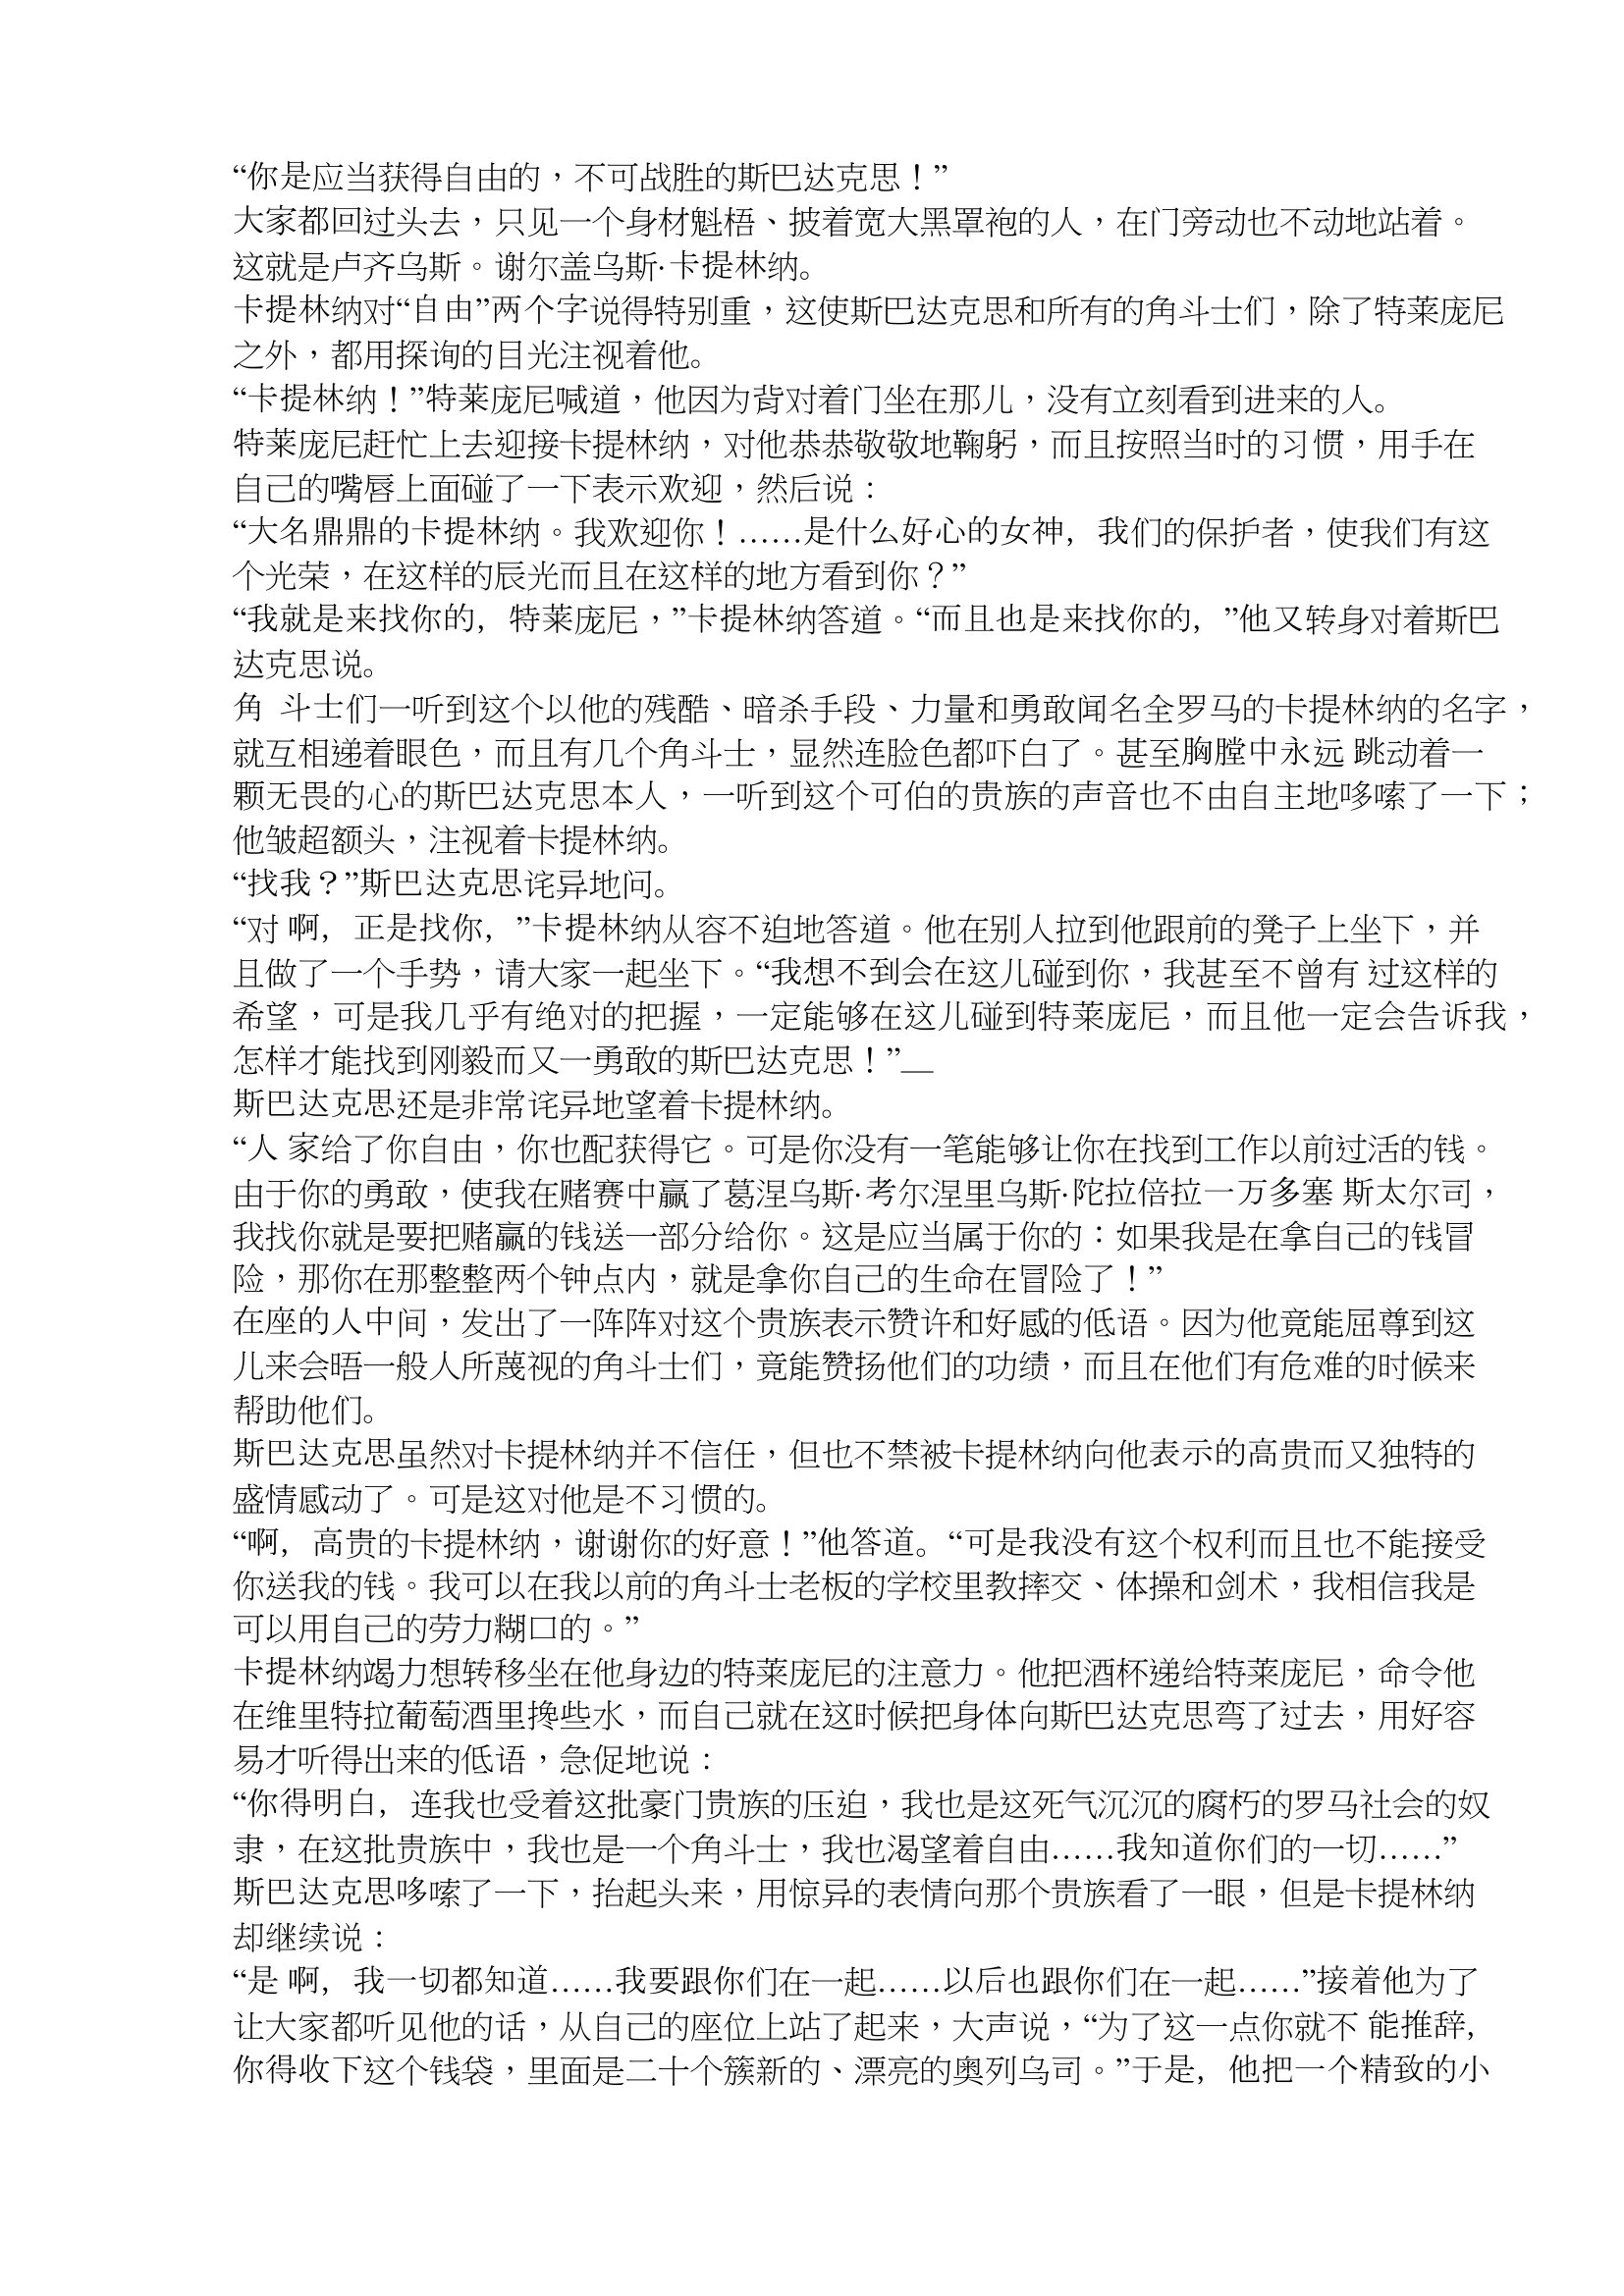
Language: zh